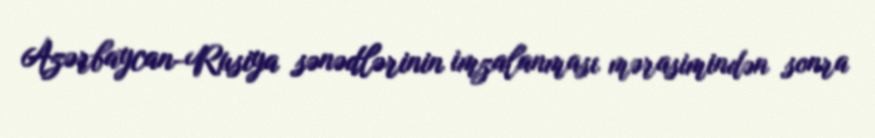
Azərbaycan-Rusiya sənədlərinin imzalanması mərasimindən sonra